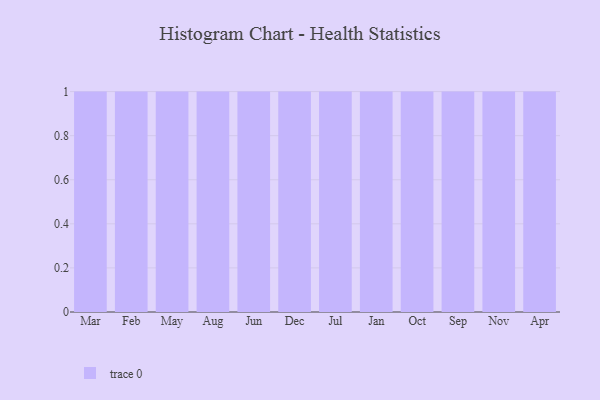
{"axis": {"x": "Month", "y": "Churn Rate (%)"}, "legend": [""], "data": [{"x": "Mar", "y": 18, "type": ""}, {"x": "Feb", "y": 65, "type": ""}, {"x": "May", "y": 95, "type": ""}, {"x": "Aug", "y": 23, "type": ""}, {"x": "Jun", "y": 57, "type": ""}, {"x": "Dec", "y": 5, "type": ""}, {"x": "Jul", "y": 82, "type": ""}, {"x": "Jan", "y": 7, "type": ""}, {"x": "Oct", "y": 15, "type": ""}, {"x": "Sep", "y": 80, "type": ""}, {"x": "Nov", "y": 73, "type": ""}, {"x": "Apr", "y": 67, "type": ""}]}